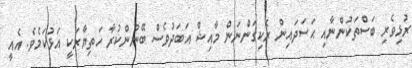
ރުޅިވެރި ބަސްތަކުންނާއި ޙަސަދައިން ރެކިގަންނަން މާއިޝް އަބަދުވެސް ބޭނުންކުރާ ހަތިޔާރަކީ އަޅުކަމެވެ. އެއީ